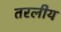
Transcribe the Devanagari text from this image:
तरलीय